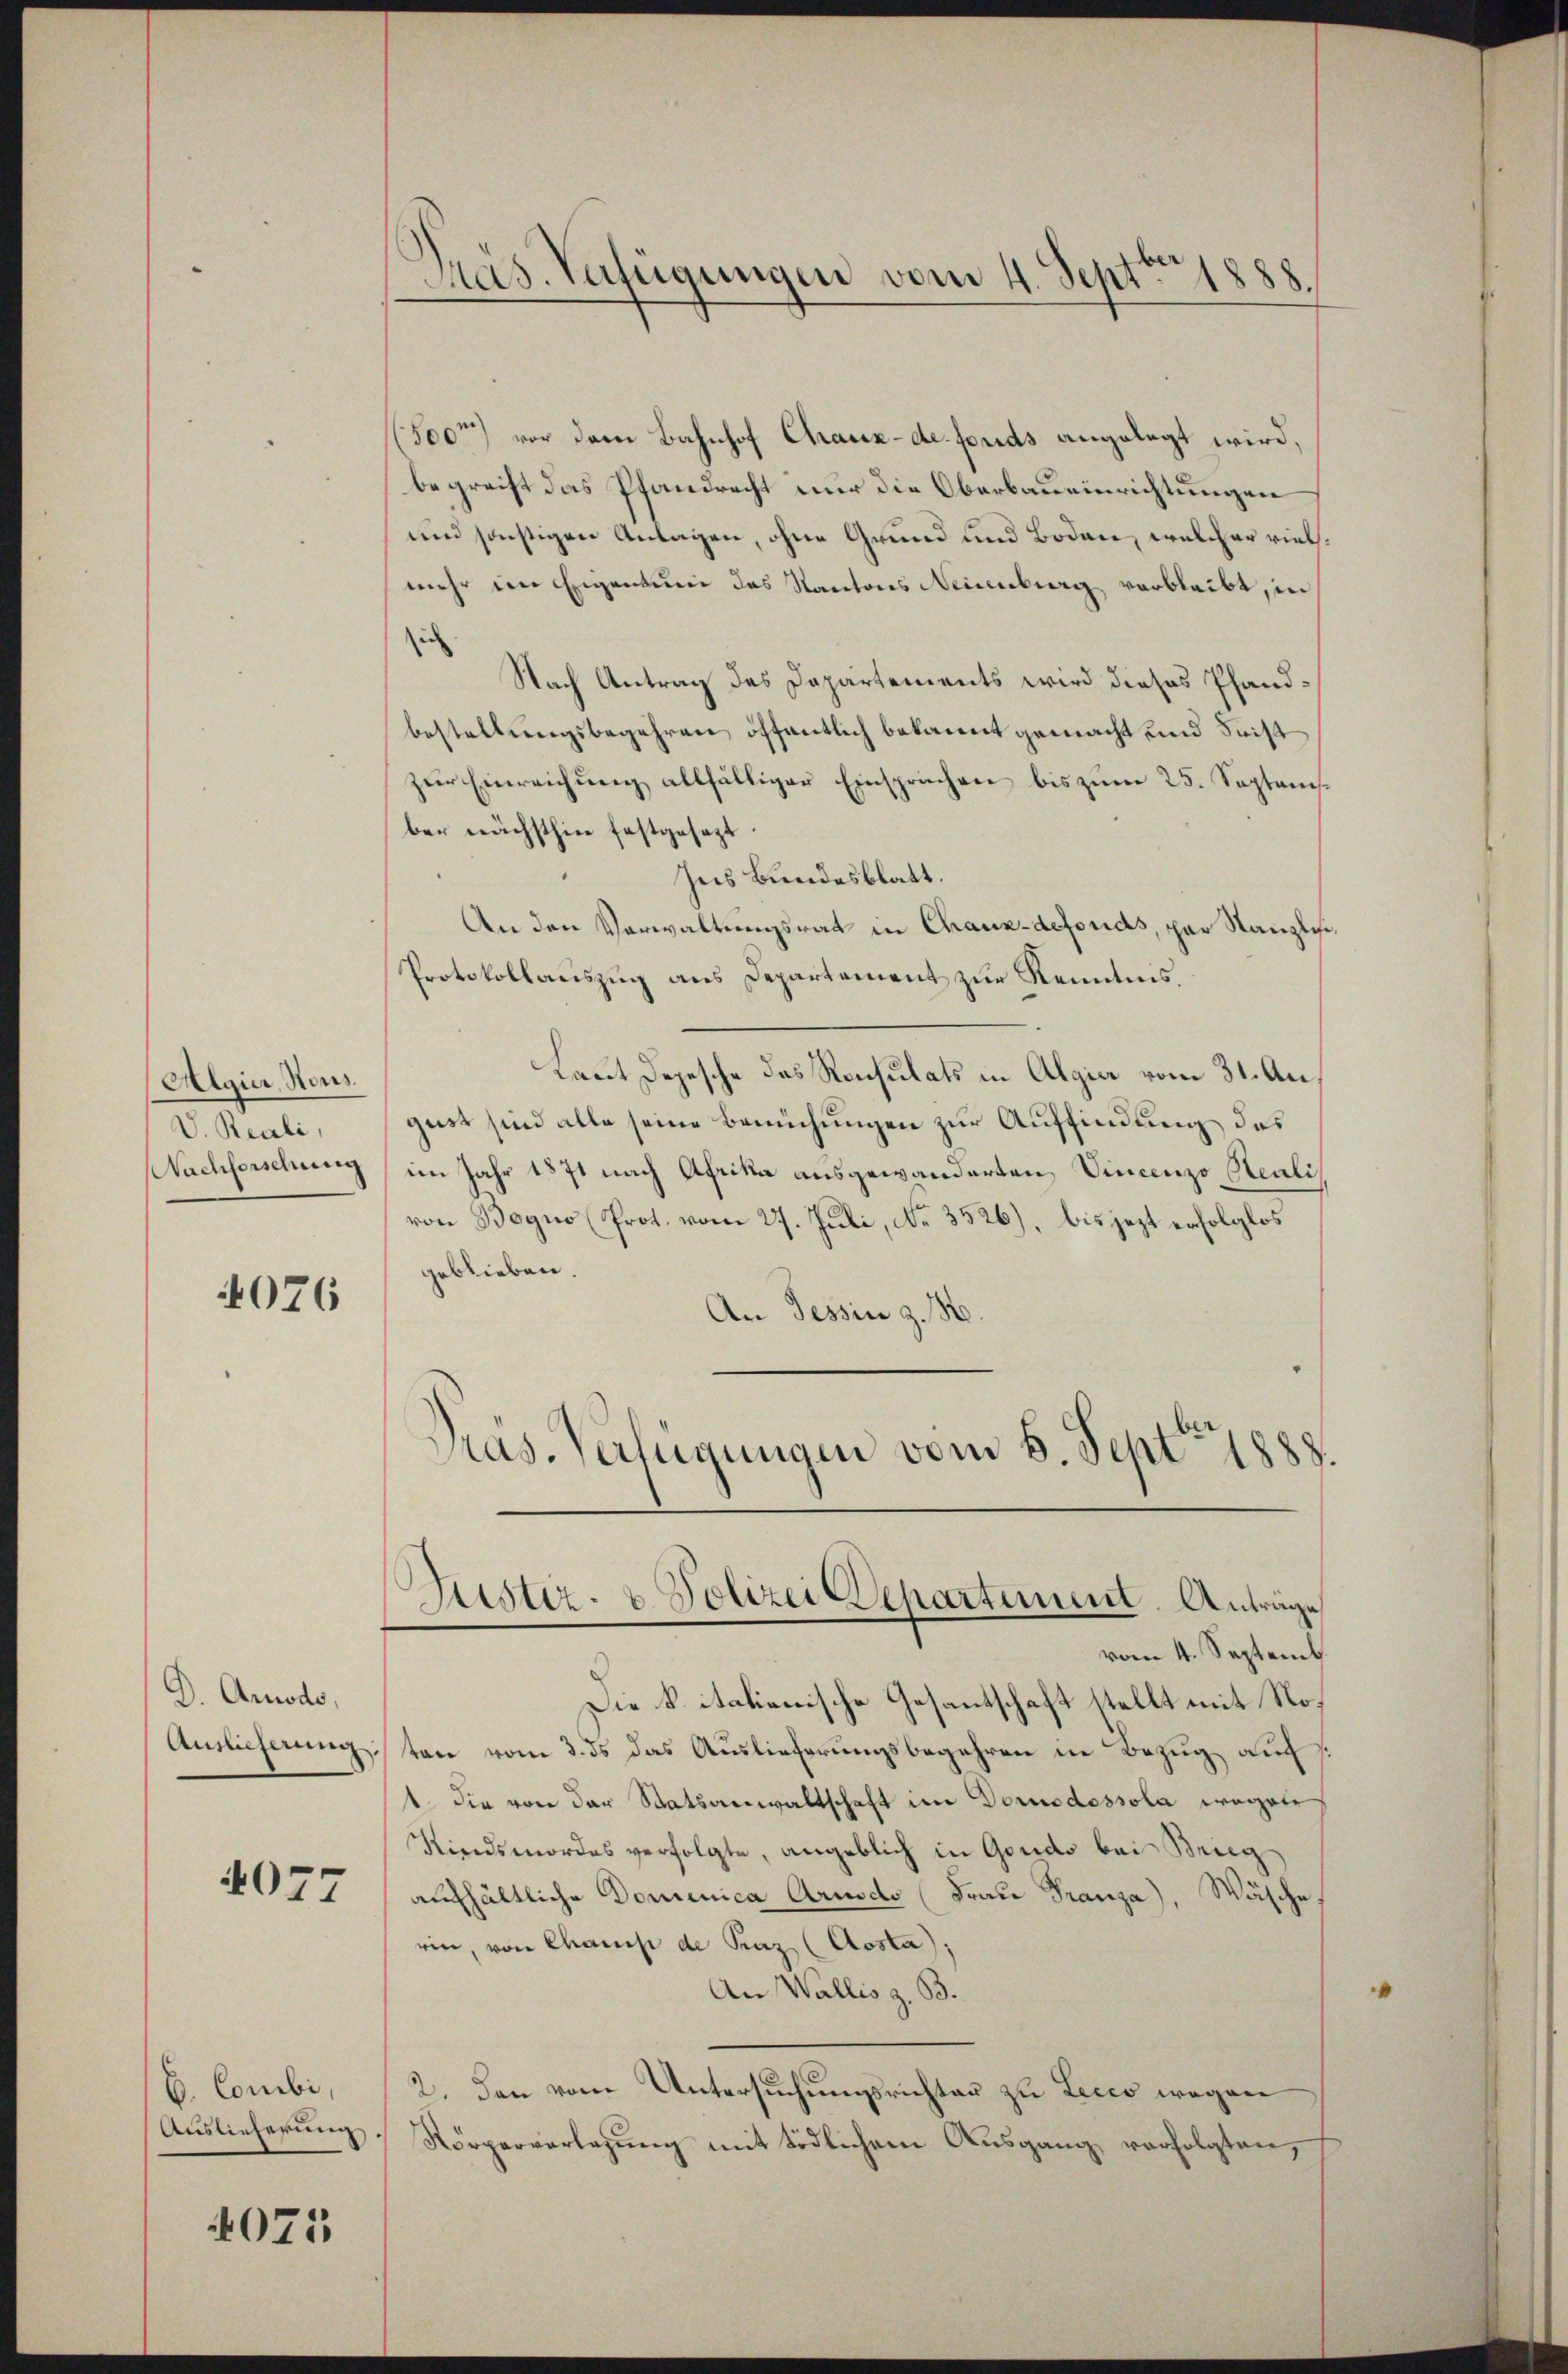
Algier, Nous
V. Reali,
Nachforschung

076

D. Arnodo,
Auslieferung:

4077

b. Combi,
Auslieferung.

4075

Präs. Verfügungen vom 4. Septbr. 1888.

500m) vor dem Bahnhof Chaux-de fonds angelegt wird,
begreift das Pfandrecht nur die Oberbaueinrichtungen
und sonstigen Anlagen, ohne Grund und Boden, welcher vielmehr im Eigentum des Kantons Neuenburg verbleibt, in
sich
Nach Antrag des Departements wird dieses Pfandbestellungsbegehren öffentlich bekannt gemacht und Frist
zur Einreichung allfälliger Einsprachen bis zum 25. September nächsthin festgesezt.
Ins Bundesblatt.
An den Verwaltungsrat in Chaux-defonds, par Stanzlisi¬
Protokollauszug aus Departement zur Kenntnis.
Laut Depesche das Ronsulats in Algier vom 31. August sind alle seine Bemühungen zur Auffindung des
im Jahr 1871 nach Afrika ausgewanderten Vincenzo Realis
von Bogno (Prot. vom 27. Juli, No. 3526), bis jezt erfolglos
geblieben.
An Tessin z. B
Pras. Verfügungen vom 8. Sept. 1888.

Justiz- & Polizei Departement. Anträge
vom 4. Septemb

Die k. italienische Gesantschaft stellt mit Noten vom 3. ds das Auslieferungsbegehren in Bezug auch s
1. Die von der Statsanwaltschaft im Dornodessola wegen
Kiredsmordes verfolgte, angeblich in Gondo bei Brig
auchhältliche Domenica Arudo (Frau Franza), Wäsche
rin, von Chanisi de Praz (Aosta);
An Wallis z. B.
2. Den vom Untersuchungsrichten zu Lecco wegen
Körperverlegung mit tödlichem Ausgang verfolgten,